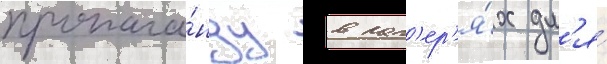
пропага́нду в лаг'ер'я́х дл'я́